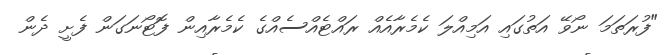
"ފުރަތަމަ ނޯވޭ އަތުގައި އަމިއްލަ ކެމެރާއެއް ރައްޓެއްސެއްގެ ކެމެރާއިން ފޮޓޯނަގަން ފެށީ ދެން